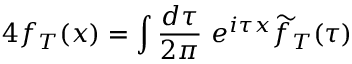
4 f _ { T } ( x ) = \int { \frac { d \tau } { 2 \pi } } ~ e ^ { i \tau x } \widetilde { f } _ { T } ( \tau )